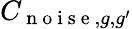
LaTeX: C_{\mathrm{~n~o~i~s~e~},g,g^{\prime}}